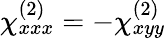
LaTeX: \chi_{xxx}^{(2)}=-\chi_{xyy}^{(2)}